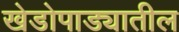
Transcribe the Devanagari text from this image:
खेडोपाड्यातील